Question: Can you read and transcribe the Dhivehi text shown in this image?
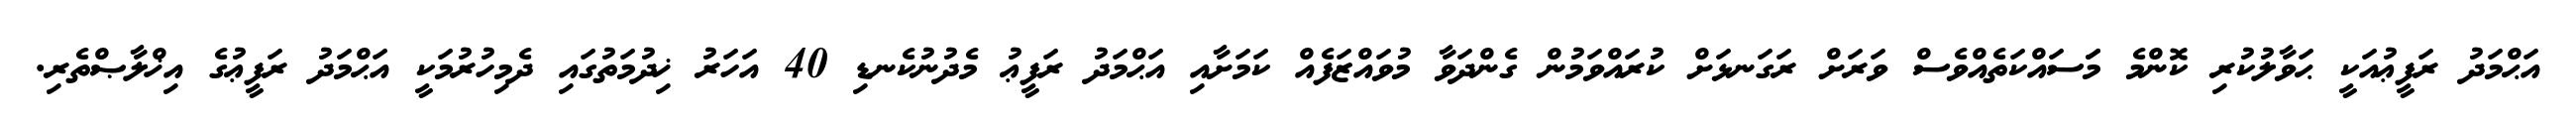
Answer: އަޙްމަދު ރަފީޢުއަކީ ޙަވާލުކުރި ކޮންމެ މަަސައްކަތެއްވެސް ވަރަށް ރަގަނޅަށް ކުރައްވަމުން ގެންދަވާ މުވައްޒަފެއް ކަމަށާއި އަޙްމަދު ރަފީޢު މެދުނުކެނޑި 40 އަހަރު ޚިދުމަތުގައި ދެމިހުރުމަކީ އަޙްމަދު ރަފީޢުގެ އިޚްލާޞްތެރި.